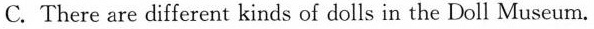
C. There are different kinds of dolls in the Doll Museum.